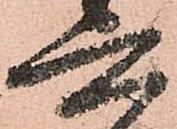
六